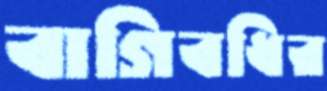
বাগিবধির